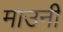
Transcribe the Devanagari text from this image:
माउनी